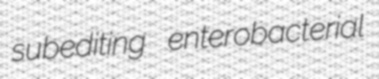
subediting enterobacterial